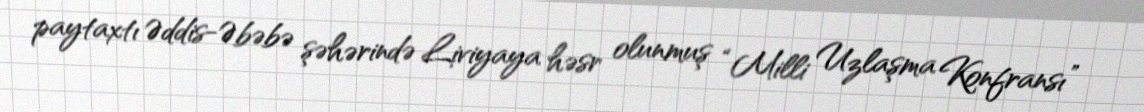
paytaxtı Əddis-Əbəbə şəhərində Liviyaya həsr olunmuş “Milli Uzlaşma Konfransı”